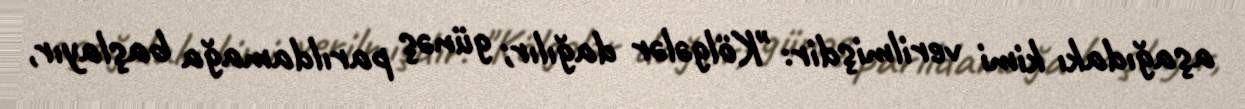
aşağıdakı kimi verilmişdir: "Kölgələr dağılır; günəş parıldamağa başlayır,